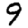
Digit: 9